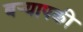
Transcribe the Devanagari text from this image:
बर्‍यापकी